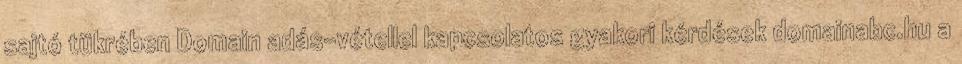
sajtó tükrében Domain adás-vétellel kapcsolatos gyakori kérdések domainabc.hu a